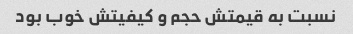
نسبت به قیمتش حجم و کیفیتش خوب بود